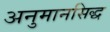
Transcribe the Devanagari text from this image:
अनुमानसिद्ध